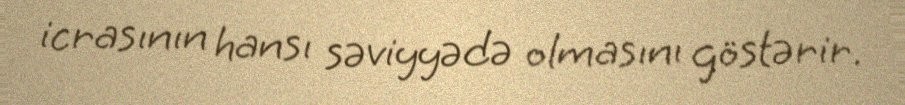
icrasının hansı səviyyədə olmasını göstərir.